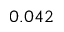
0 . 0 4 2